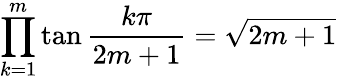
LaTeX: \prod_{k=1}^{m}\tan{\frac{k\pi}{2m+1}}={\sqrt{2m+1}}